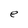
Character: e